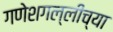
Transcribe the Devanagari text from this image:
गणेशगल्लीच्या